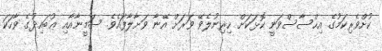
ކުށްވެރިކަމުގެ އިޙްސާސްވަނީ ކޮޅަކަށް ހިރިނުލެވޭ ވަރަށް އޭނާ ވަށާލާފައެވެ. ސަމީނާއާއި ޢުބައިދުގެ ވާހަކަ